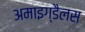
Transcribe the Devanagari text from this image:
अमाइग्डैलस